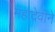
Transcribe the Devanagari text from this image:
महादेवीने